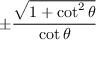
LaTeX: \pm { \frac { \sqrt { 1 + \cot ^ { 2 } \theta } } { \cot \theta } }